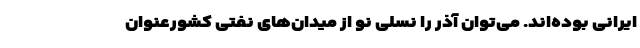
ایرانی بوده‌اند. می‌توان آذر را نسلی نو از میدان‌های نفتی کشورعنوان